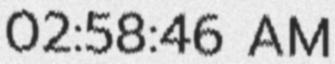
02:58:46 AM